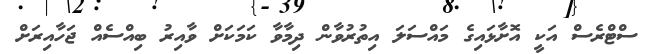
ސްޓްރެސް އަކީ އޮށާޅައިގެ މައްސަލަ އިތުރުވާން ދިމާވާ ކަމަކަށް ވާއިރު ބިއްސެއް ޖަހާއިރަށް